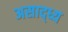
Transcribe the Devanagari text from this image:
असाद्ध्य